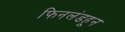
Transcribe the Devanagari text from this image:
फिनलंडहून